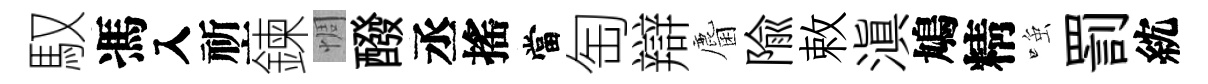
馭馮入祈鍊惆醱丞搖當匋辯麕隃敕滇鳩精𫪻罰紞